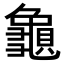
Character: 𪚾